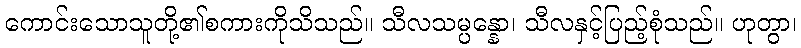
ကောင်းသောသူတို့၏စကားကိုသိသည်။ သီလသမ္ပန္နော၊ သီလနှင့်ပြည့်စုံသည်။ ဟုတွာ၊